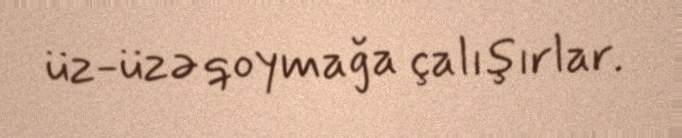
üz-üzə qoymağa çalışırlar.